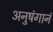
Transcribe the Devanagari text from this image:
अनुषंगानं